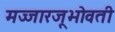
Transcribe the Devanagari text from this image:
मज्जारजूभोवती